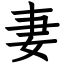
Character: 妻